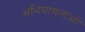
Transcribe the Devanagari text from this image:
अभियाचनाओं